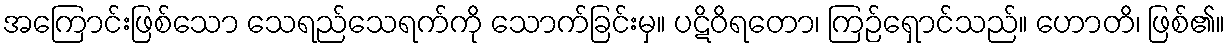
အကြောင်းဖြစ်သော သေရည်သေရက်ကို သောက်ခြင်းမှ။ ပဋိဝိရတော၊ ကြဉ်ရှောင်သည်။ ဟောတိ၊ ဖြစ်၏။